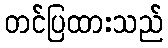
တင်ပြထားသည်